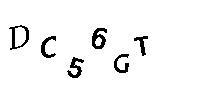
DC56GT